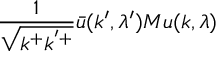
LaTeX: \frac { 1 } { \sqrt { k ^ { + } k ^ { ' + } } } \bar { u } ( k ^ { \prime } , \lambda ^ { \prime } ) { \cal M } u ( k , \lambda )